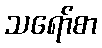
သရော်စာ